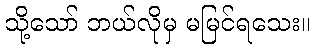
သို့သော် ဘယ်လိုမှ မမြင်ရသေး။